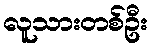
လူသားတစ်ဦး